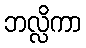
ဘလ္လိကာ